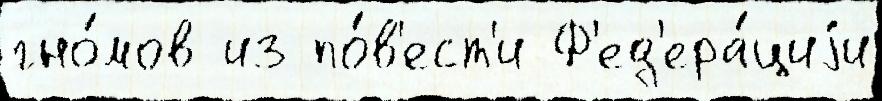
гно́мов из по́в'ест'и Ф'ед'ера́циjи